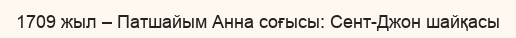
1709 жыл – Патшайым Анна соғысы: Сент-Джон шайқасы